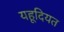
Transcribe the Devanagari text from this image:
यहूदियत